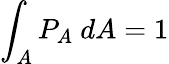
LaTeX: \int_{A}P_{A}~dA=1